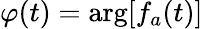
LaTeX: \varphi(t)=\arg[f_{a}(t)]